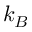
k _ { B }